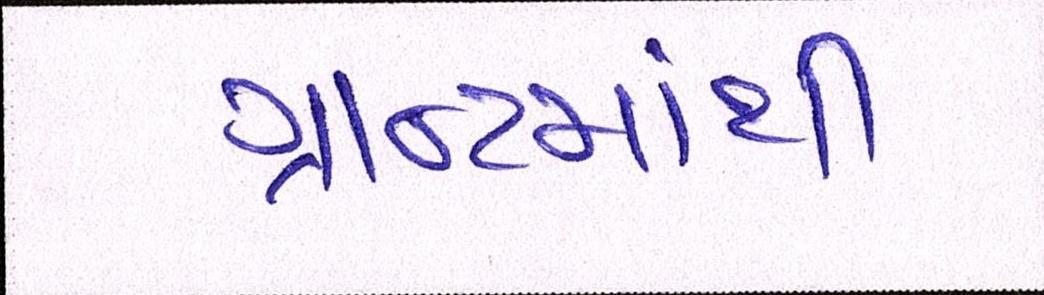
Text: ગ્રાન્ટમાંથી